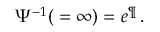
\Psi ^ { - 1 } ( \l = \infty ) = e ^ { \P } \, .